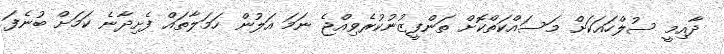
ދާއިމީ ސުލްހައަކަށް މަސައްކަތްކޮށް ތަންފީޒުނުކުރެވިއްޖެ ނަމަ އަލުން ހަމަލާތައް ފެށިދާނެ ކަމަށް ބުނެފަ